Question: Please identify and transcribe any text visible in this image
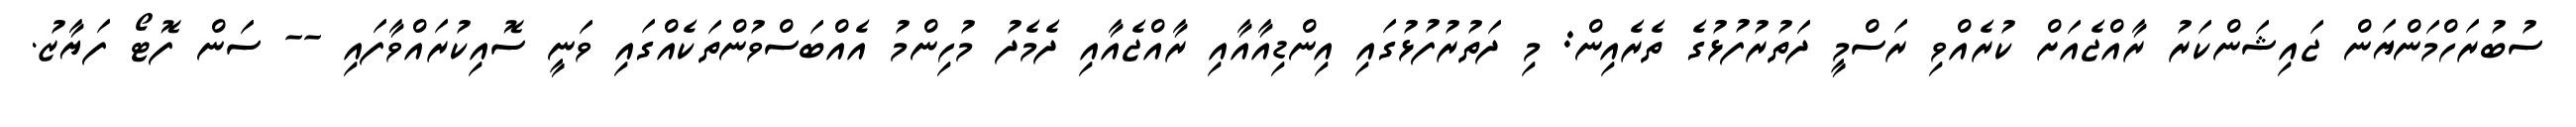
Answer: ސުބުރަހްމަންޔަން ޖައިޝަންކަރު ރާއްޖެއަށް ކުރެއްވި ރަސްމީ ދަތުރުފުޅުގެ ތެރެއިން: މި ދަތުރުފުޅުގައި އިންޑިއާއާއި ރާއްޖެއާއި ދެމެދު މުހިންމު އެއްބަސްވުންތަކެއްގައި ވަނީ ސޮއިކުރައްވާފައި -- ސަން ފޮޓޯ ފަޔާޒު.